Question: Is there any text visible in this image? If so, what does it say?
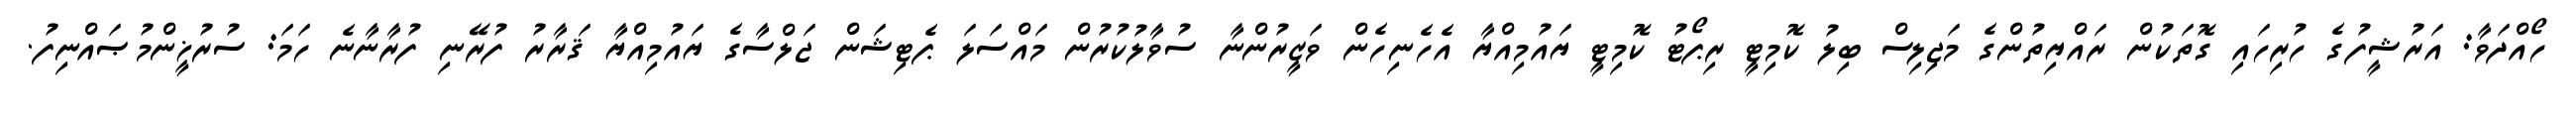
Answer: ހޯއްދަވާ: އަރުޝީފުގެ ހުރިހައި ގޮތަކުން ރައްޔިތުންގެ މަޖިލިސް ބިލު ކޮމިޓީ ރިޕޯޓު ކޮމިޓީ ޔައުމިއްޔާ އެހެނިހެން ވަޒީރުންނާ ސުވާލުކުރުން މައްސަލަ ޕެޓިޝަން ޖަލްސާގެ ޔައުމިއްޔާ ޤަރާރު ފުރޭނި ފުރާނާނެ ހަމަ: ސުރުޚީންމުޞައްނިފު.